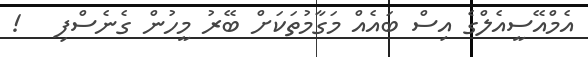
އެމްއޭސީއެލްގެ އިސް ބައެއް މަގާމުތަކަށް ބޭރު މީހުން ގެނެސްފި   !